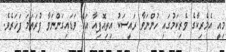
މިއީ އެމެރިކާގެ ވެރިކަމުގައި ހުންނަވާ ރައީސަކު އިތިއޮޕިއާ އަށް ވަޑައިގަންނަވާ ފުރަތަމަ ފަހަރެވެ.